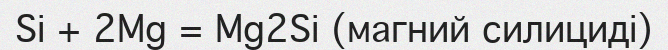
Si + 2Mg = Mg2Si (магний силициді)